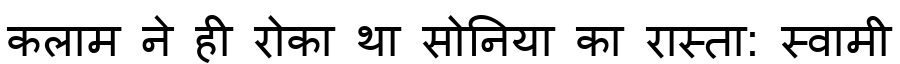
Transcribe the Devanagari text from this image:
कलाम ने ही रोका था सोनिया का रास्ता: स्वामी